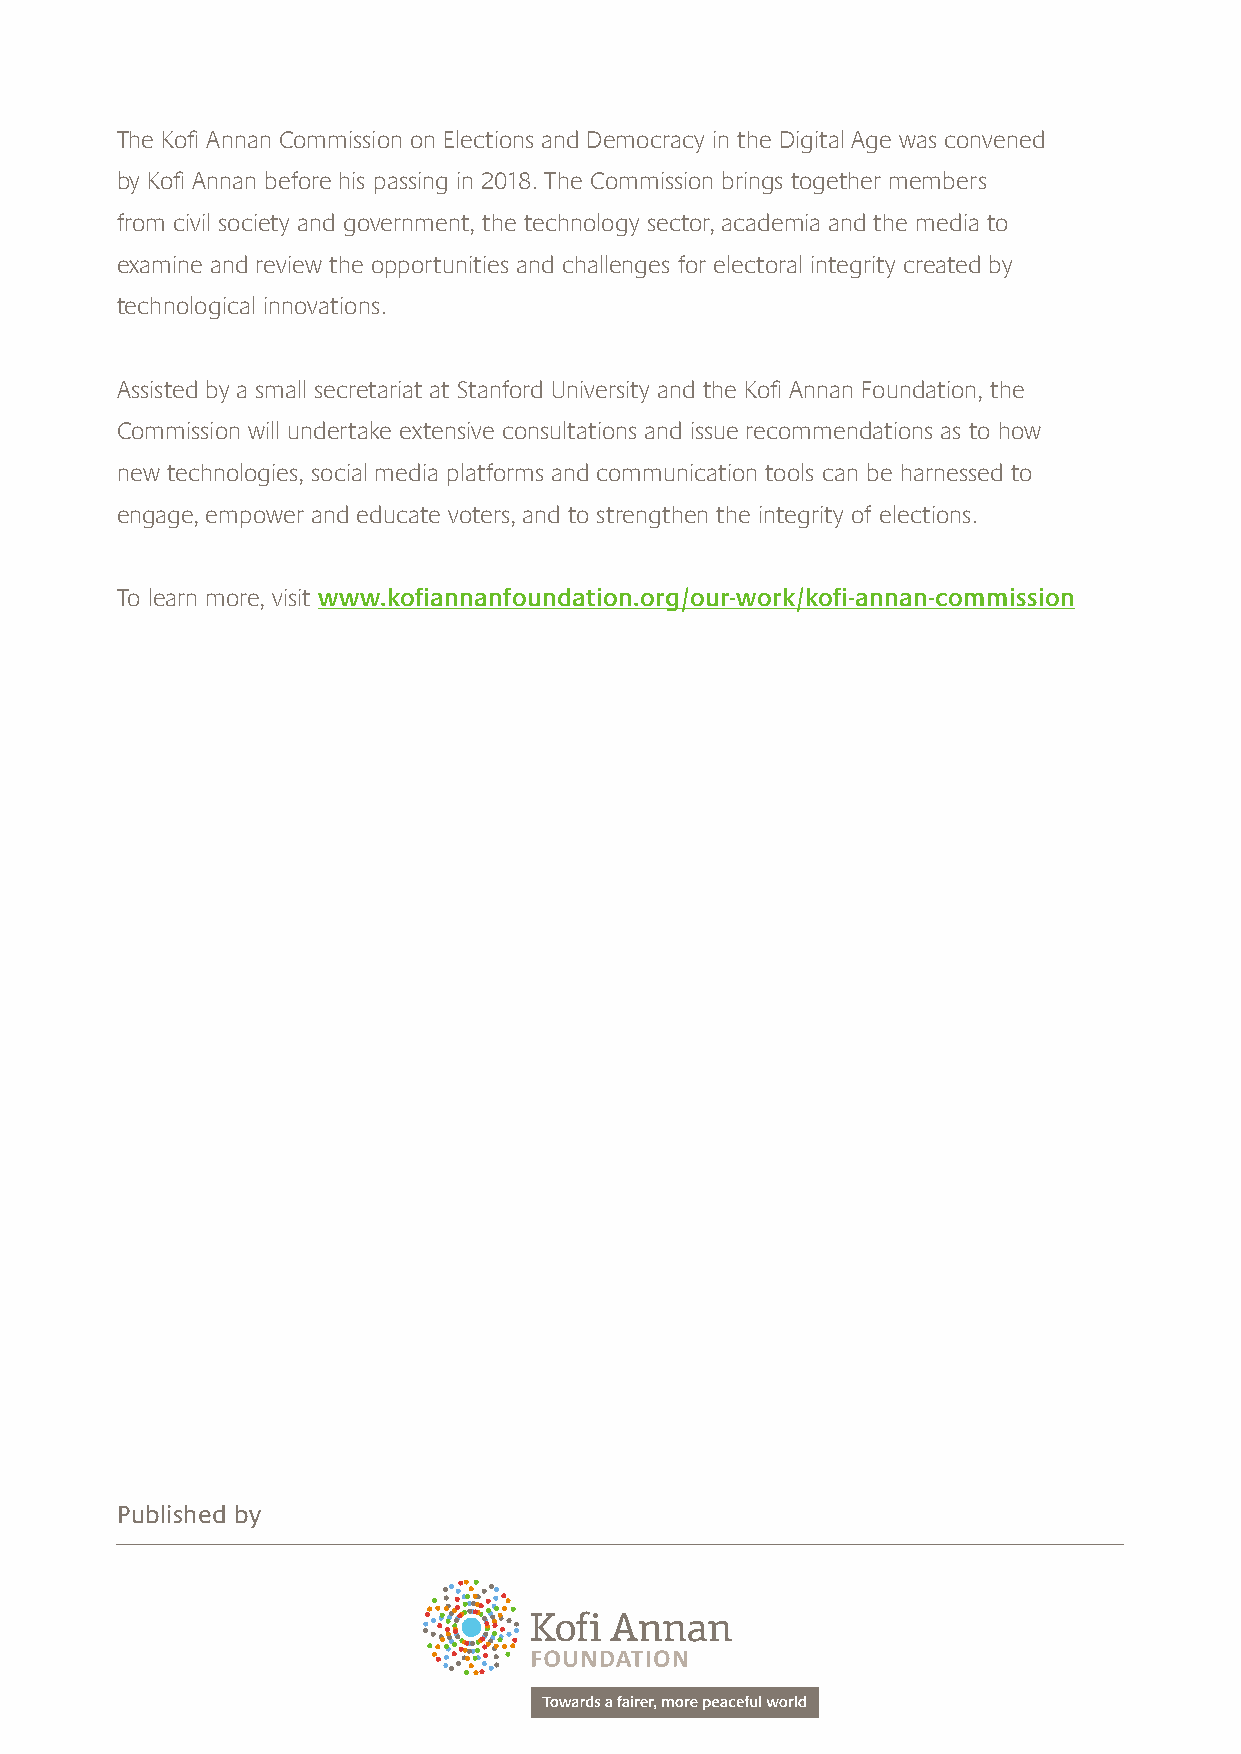
The Kofi Annan Commission on Elections and Democracy in the Digital Age was convened
 by Kofi Annan before his passing in 2018. The Commission brings together members
 from civil society and government, the technology sector, academia and the media to
 examine and review the opportunities and challenges for electoral integrity created by
 technological innovations.
 Assisted by a small secretariat at Stanford University and the Kofi Annan Foundation, the
 Commission will undertake extensive consultations and issue recommendations as to how
 new technologies, social media platforms and communication tools can be harnessed to
 engage, empower and educate voters, and to strengthen the integrity of elections.
 To learn more, visit www.kofiannanfoundation.org/our-work/kofi-annan-commission
 Published by